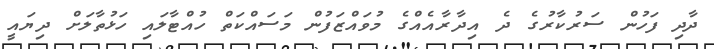
ދާދި ފަހުން ސަރުކާރުގެ ދެ އިދާރާއެއްގެ މުވައްޒަފުން މަސައްކަތް ހުއްޓާލައި ހަޅުތާލަށް ދިޔައީ